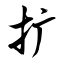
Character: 扩